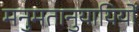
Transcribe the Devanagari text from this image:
मनुमतानुयायियों